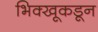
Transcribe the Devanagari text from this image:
भिक्खूकडून